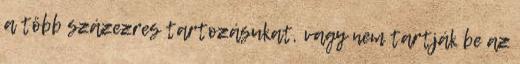
a több százezres tartozásukat, vagy nem tartják be az